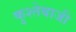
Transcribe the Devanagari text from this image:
कुश्तेबाजी